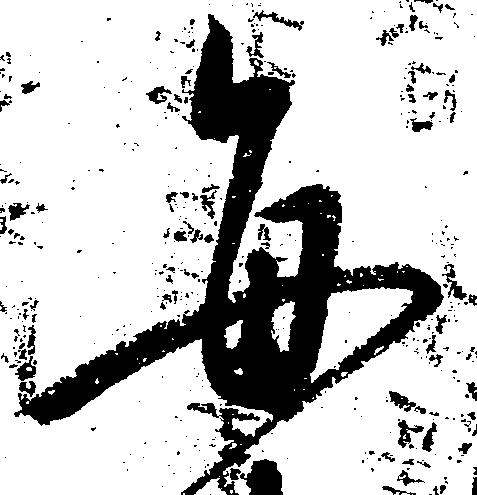
毎